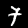
Digit: 7